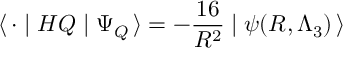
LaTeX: \langle \, { \bf \cdot } \mid H Q \mid \Psi _ { Q } \, \rangle = - \frac { 1 6 } { R ^ { 2 } } \mid \psi ( R , \Lambda _ { 3 } ) \, \rangle